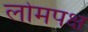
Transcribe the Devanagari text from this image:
लोमपक्ष